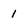
Character: 1